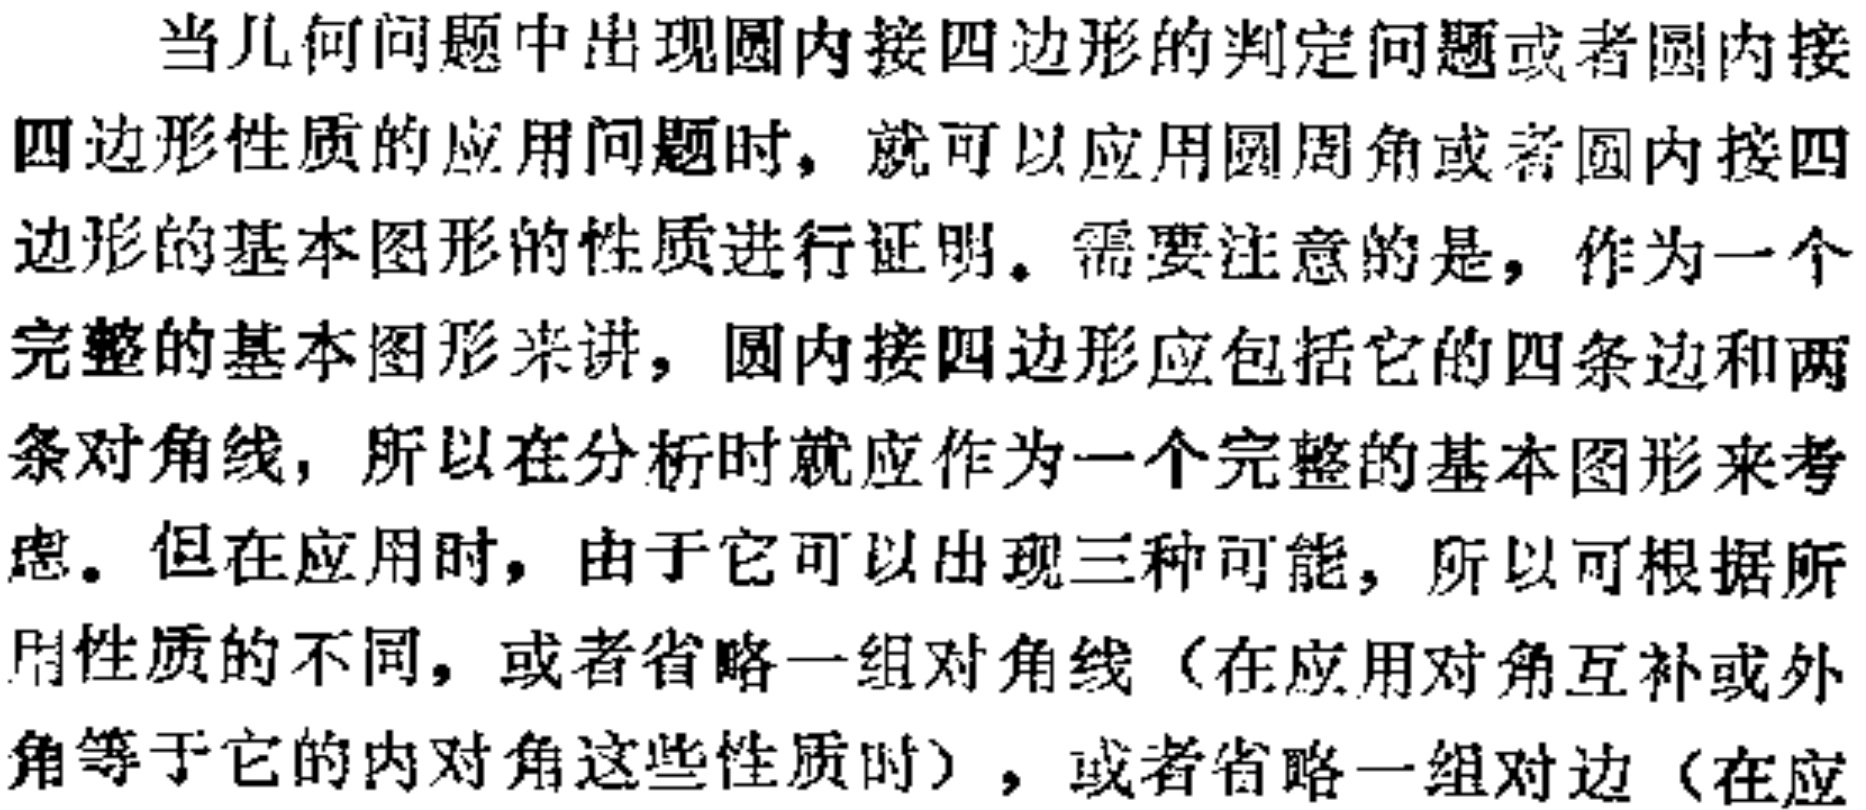
当几何问题中出现圆内接四边形的判定问题或者圆内接
四边形性质的应用问题时，就可以应用圆周角或者圆内接四
边形的基本图形的性质进行证明。需要注意的是，作为一个
完整的基本图形来讲，圆内接四边形应包括它的四条边和两
条对角线，所以在分析时就应作为一个完整的基本图形来考
虑。但在应用时，由于它可以出现三种可能，所以可根据所
用性质的不同，或者省略一组对角线（在应用对角互补或外
角等于它的内对角这些性质时），或者省略一组对边（在应